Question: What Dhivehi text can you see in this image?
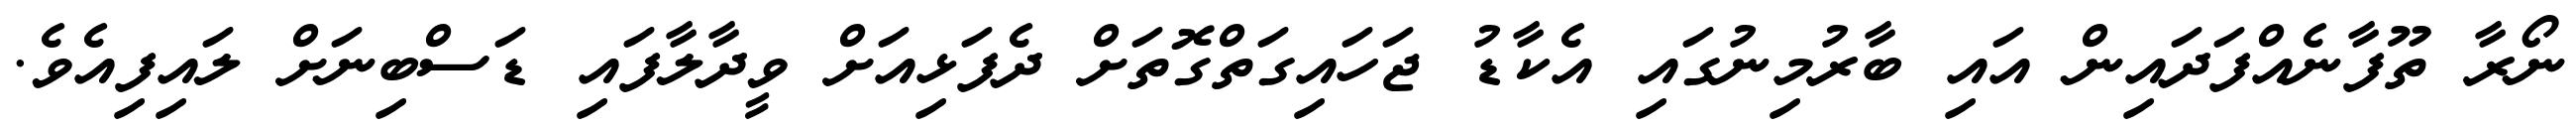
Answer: ނޯރާ ތޫފާނެއްފަދައިން އައި ބާރުމިނުގައި އެކާޑު ޖަހައިގަތްގޮތަށް ދެފަޅިއަށް ވީދާލާފައި ޑަސްބިނަށް ލައިފިއެވެ.